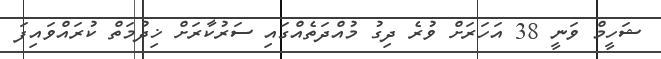
ޝަހީމް ވަނީ 38 އަހަރަށް ވުރެ ދިގު މުއްދަތެއްގައި ސަރުކާރަށް ޚިދުމަތް ކުރައްވައިފަ